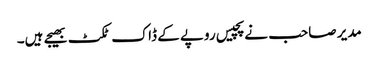
مدیر صاحب نے پچیس روپے کے ڈاک ٹکٹ بھیجے ہیں۔